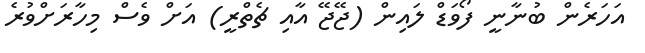
އަހަރެން ބުނާނީ ފޯވަޑް ލައިން (ޖޭޖޭ އާއި ޗެތްރީ) އަށް ވެސް މިހާރަށްވުރެ